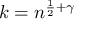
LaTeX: k = n ^ { { \frac { 1 } { 2 } } + \gamma }